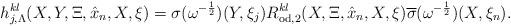
LaTeX: \begin{align*}&h_{j,\Lambda}^{kl}(X,Y,\Xi,\hat{x}_n,X,\xi) = \sigma(\omega^{-\frac{1}{2}})(Y,\xi_j) R_{\mathrm{od},2}^{kl}(X,\Xi,\hat{x}_{n},X,\xi) \overline{\sigma}(\omega^{-\frac{1}{2}})(X,\xi_{n}).\end{align*}